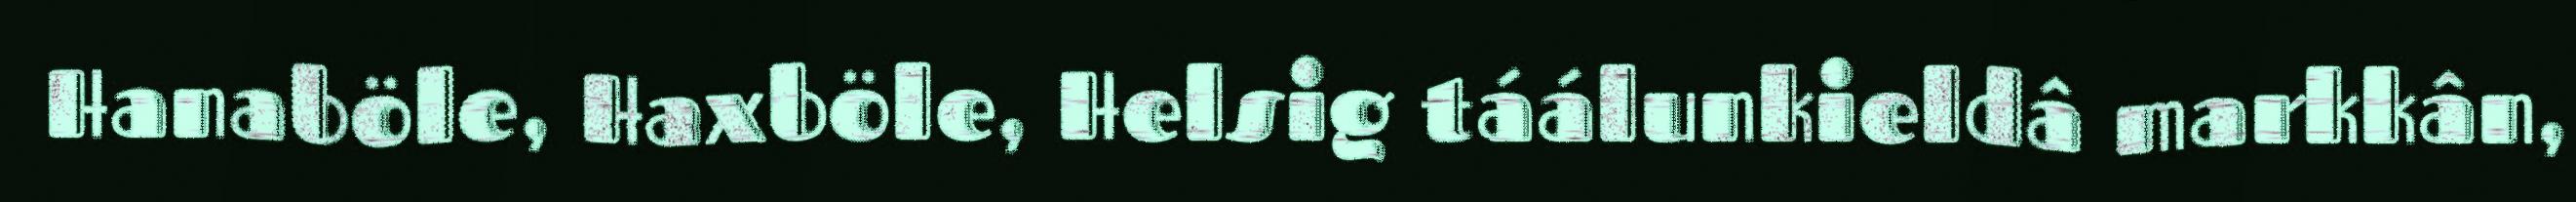
Hanaböle, Haxböle, Helsig táálunkieldâ markkân,